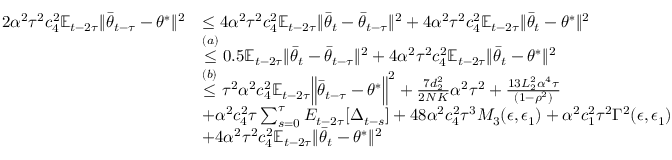
\begin{array} { r l } { 2 \alpha ^ { 2 } \tau ^ { 2 } c _ { 4 } ^ { 2 } \mathbb { E } _ { t - 2 \tau } \lVert \bar { \theta } _ { t - \tau } - \theta ^ { * } \rVert ^ { 2 } } & { \leq 4 \alpha ^ { 2 } \tau ^ { 2 } c _ { 4 } ^ { 2 } \mathbb { E } _ { t - 2 \tau } \lVert \bar { \theta } _ { t } - \bar { \theta } _ { t - \tau } \rVert ^ { 2 } + 4 \alpha ^ { 2 } \tau ^ { 2 } c _ { 4 } ^ { 2 } \mathbb { E } _ { t - 2 \tau } \lVert \bar { \theta } _ { t } - \theta ^ { * } \rVert ^ { 2 } } \\ & { \stackrel { ( a ) } { \leq } 0 . 5 \mathbb { E } _ { t - 2 \tau } \lVert \bar { \theta } _ { t } - \bar { \theta } _ { t - \tau } \rVert ^ { 2 } + 4 \alpha ^ { 2 } \tau ^ { 2 } c _ { 4 } ^ { 2 } \mathbb { E } _ { t - 2 \tau } \lVert \bar { \theta } _ { t } - \theta ^ { * } \rVert ^ { 2 } } \\ & { \stackrel { ( b ) } { \le } \tau ^ { 2 } \alpha ^ { 2 } c _ { 4 } ^ { 2 } \mathbb { E } _ { t - 2 \tau } \Big \lVert \bar { \theta } _ { t - \tau } - \theta ^ { * } \Big \rVert ^ { 2 } + \frac { 7 d _ { 2 } ^ { 2 } } { 2 N K } \alpha ^ { 2 } \tau ^ { 2 } + \frac { 1 3 L _ { 2 } ^ { 2 } \alpha ^ { 4 } \tau } { ( 1 - \rho ^ { 2 } ) } } \\ & { + \alpha ^ { 2 } c _ { 4 } ^ { 2 } \tau \sum _ { s = 0 } ^ { \tau } E _ { t - 2 \tau } [ \Delta _ { t - s } ] + 4 8 \alpha ^ { 2 } c _ { 4 } ^ { 2 } \tau ^ { 3 } M _ { 3 } ( \epsilon , \epsilon _ { 1 } ) + \alpha ^ { 2 } c _ { 1 } ^ { 2 } \tau ^ { 2 } \Gamma ^ { 2 } ( \epsilon , \epsilon _ { 1 } ) } \\ & { + 4 \alpha ^ { 2 } \tau ^ { 2 } c _ { 4 } ^ { 2 } \mathbb { E } _ { t - 2 \tau } \lVert \bar { \theta } _ { t } - \theta ^ { * } \rVert ^ { 2 } } \end{array}